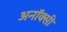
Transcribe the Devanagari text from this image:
अनॉक्सी